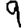
Digit: 9